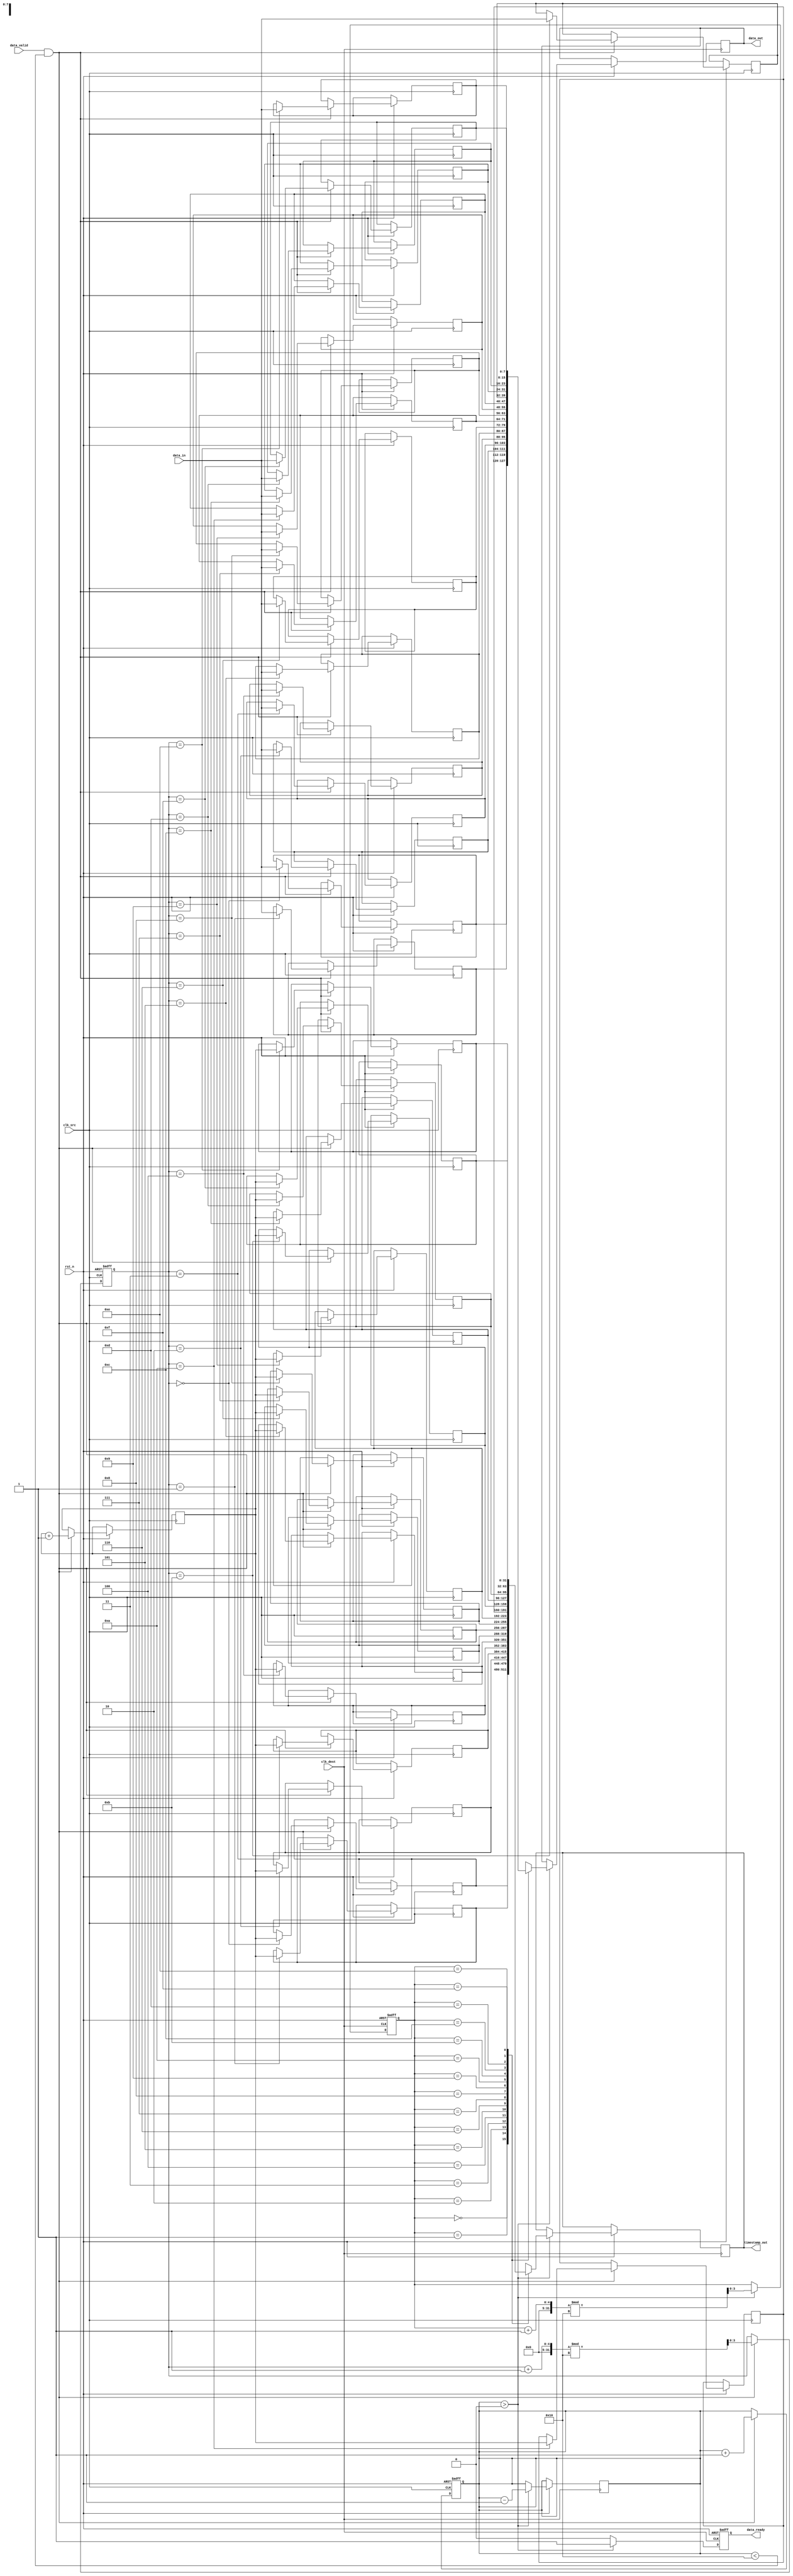
module TimeStampedSynchronizer #(
    parameter DATA_WIDTH = 8,
    parameter TIMESTAMP_WIDTH = 32,
    parameter FIFO_DEPTH = 16
)(
    input wire clk_src,                     // Source clock
    input wire clk_dest,                    // Destination clock
    input wire rst_n,                       // Active low reset
    input wire [DATA_WIDTH-1:0] data_in,   // Input data
    input wire data_valid,                  // Input data valid signal
    output wire [DATA_WIDTH-1:0] data_out, // Output data
    output wire [TIMESTAMP_WIDTH-1:0] timestamp_out, // Output timestamp
    output wire data_ready                  // Output data ready signal
);

    // Dual-Port Memory Block
    reg [DATA_WIDTH-1:0] mem_data [0:FIFO_DEPTH-1];
    reg [TIMESTAMP_WIDTH-1:0] mem_timestamp [0:FIFO_DEPTH-1];
    reg [3:0] write_ptr, read_ptr;
    reg [3:0] count;

    // Timestamp Generation
    reg [TIMESTAMP_WIDTH-1:0] timestamp;

    // Synchronization Logic
    reg [DATA_WIDTH-1:0] sync_data;
    reg [TIMESTAMP_WIDTH-1:0] sync_timestamp;
    reg data_ready_reg;

    // Write Logic (Source Clock Domain)
    always @(posedge clk_src or negedge rst_n) begin
        if (!rst_n) begin
            write_ptr <= 0;
            count <= 0;
        end else if (data_valid && count < FIFO_DEPTH) begin
            mem_data[write_ptr] <= data_in;
            timestamp <= timestamp + 1; // Increment timestamp
            mem_timestamp[write_ptr] <= timestamp;
            write_ptr <= (write_ptr + 1) % FIFO_DEPTH;
            count <= count + 1;
        end
    end

    // Read Logic (Destination Clock Domain)
    always @(posedge clk_dest or negedge rst_n) begin
        if (!rst_n) begin
            read_ptr <= 0;
            data_ready_reg <= 0;
        end else if (count > 0) begin
            sync_data <= mem_data[read_ptr];
            sync_timestamp <= mem_timestamp[read_ptr];
            read_ptr <= (read_ptr + 1) % FIFO_DEPTH;
            count <= count - 1;
            data_ready_reg <= 1;
        end else begin
            data_ready_reg <= 0;
        end
    end

    // Output assignments
    assign data_out = sync_data;
    assign timestamp_out = sync_timestamp;
    assign data_ready = data_ready_reg;

endmodule